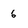
Character: 6